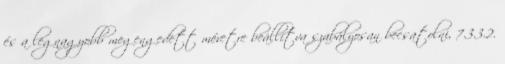
és a legnagyobb megengedett méretre beállítva szabályosan becsatolni, 7.3.3.2.